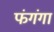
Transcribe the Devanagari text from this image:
फंगंगा